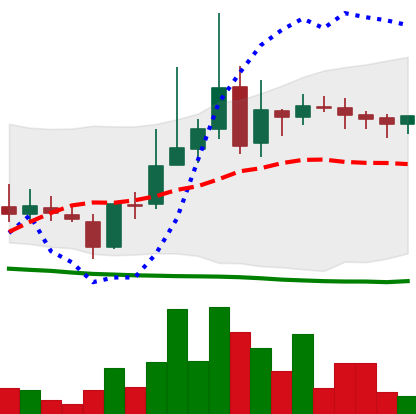
Ticker: LINK-USD
Chart end date: 2019-03-19
Forward return: -5.972%
Label: down_5_7